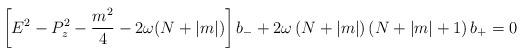
LaTeX: \begin{align*}\left[ E^{2}-P_{z}^{2}-\frac{m^{2}}{4}-2\omega (N+\left| m\right| )\right]b_{-}+2\omega \left( N+\left| m\right| \right) \left( N+\left| m\right|+1\right) b_{+}=0\end{align*}